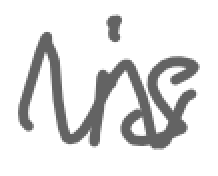
Text: is
Cross-out: wave
Writing tool: digital_gray